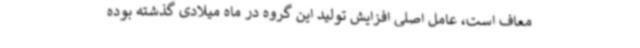
معاف است، عامل اصلی افزایش تولید این گروه در ماه میلادی گذشته بوده